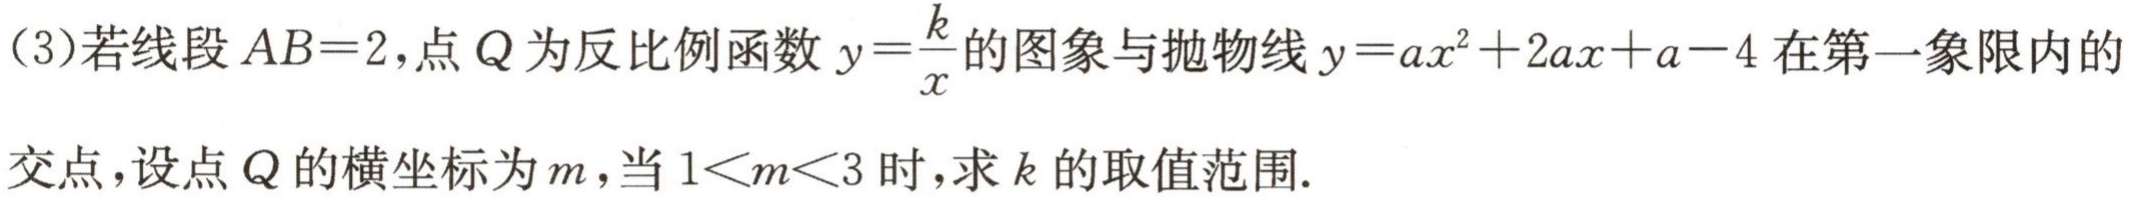
（3）若线段\(AB = 2\)，点\(Q\)为反比例函数\(y=\frac{k}{x}\)的图象与抛物线\(y = ax^{2}+2ax + a - 4\)在第一象限内的交点，设点\(Q\)的横坐标为\(m\)，当\(1<m<3\)时，求\(k\)的取值范围.